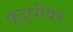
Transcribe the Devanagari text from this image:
वृद्धीवर